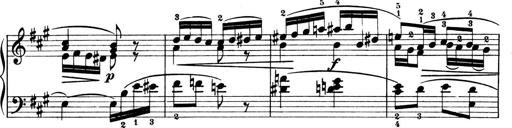
Title: 4 Sonatines
Composer: Max Reger